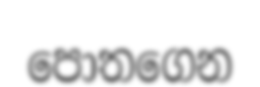
පොතගෙන